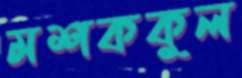
মশককুল